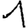
Digit: 1